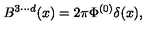
B ^ { 3 \cdot \cdot \cdot d } ( x ) = 2 \pi \Phi ^ { ( 0 ) } \delta ( x ) ,